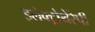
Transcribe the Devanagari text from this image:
इलेक्ट्रोथेरेपी